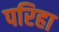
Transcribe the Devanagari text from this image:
परिहा